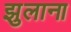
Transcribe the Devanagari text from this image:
झुलाना